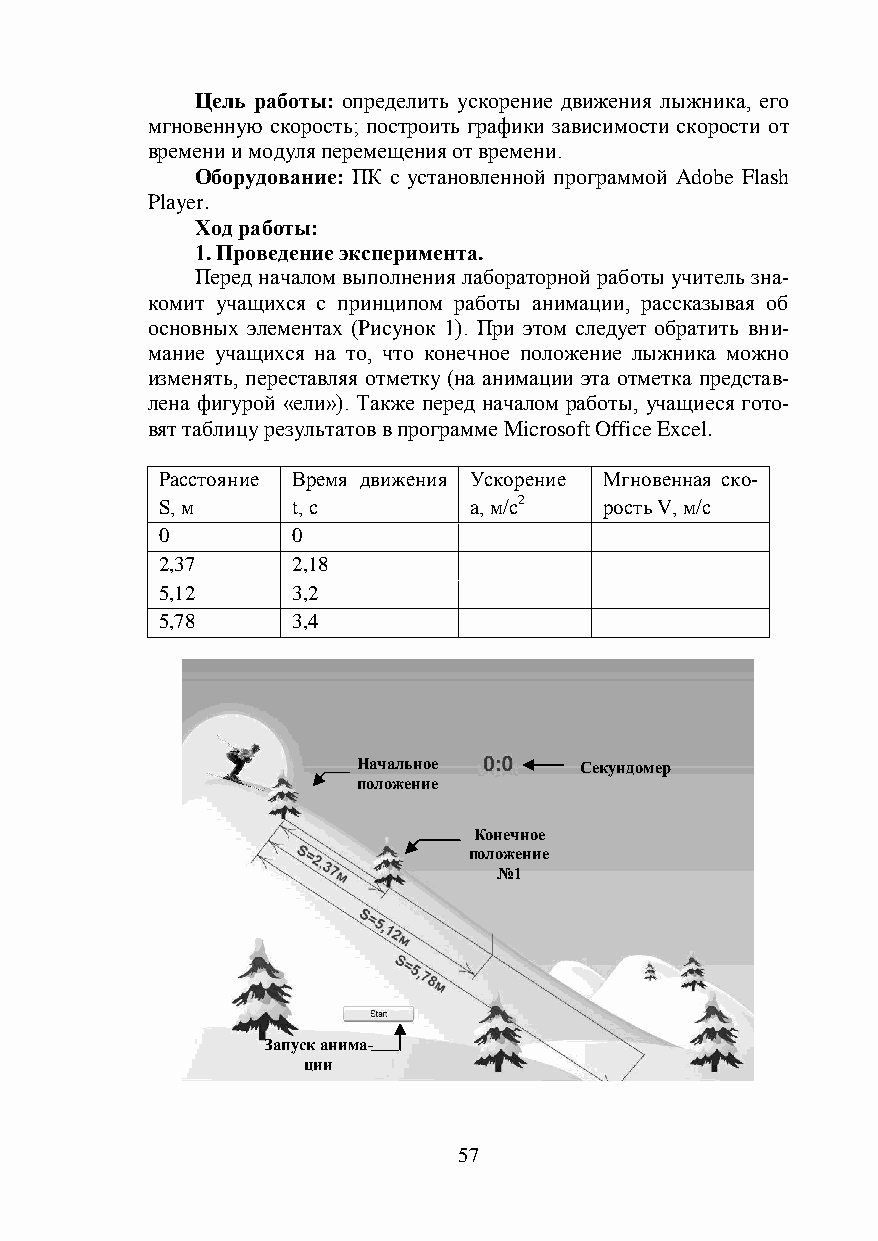
Цель работы: определить ускорение движения лыжника, его
 мгновенную скорость; построить графики зависимости скорости от
 времени и модуля перемещения от времени.
 Оборудование: ПК с установленной программой Adobe Flash
 Player.
 Ход работы:
 1. Проведение эксперимента.
 Перед началом выполнения лабораторной работы учитель зна-
 комит учащихся с принципом работы анимации, рассказывая об
 основных элементах (Рисунок 1). При этом следует обратить вни-
 мание учащихся на то, что конечное положение лыжника можно
 изменять, переставляя отметку (на анимации эта отметка представ-
 лена фигурой «ели»). Также перед началом работы, учащиеся гото-
 вят таблицу результатов в программе Microsoft Office Excel.
 Расстояние Время движения Ускорение Мгновенная ско-
 S, м     t, с        а, м/с2  рость V, м/с
 0        0
 2,37     2,18
 5,12     3,2
 5,78     3,4
 Начальное     Секундомер
 положение
 Конечное
 положение
 №1
 Запуск анима-
 ции
 57